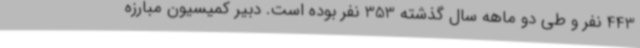
443 نفر و طی دو ماهه سال گذشته 353 نفر بوده است. دبیر کمیسیون مبارزه